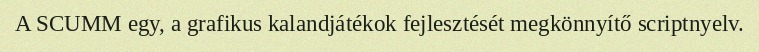
A SCUMM egy, a grafikus kalandjátékok fejlesztését megkönnyítő scriptnyelv.